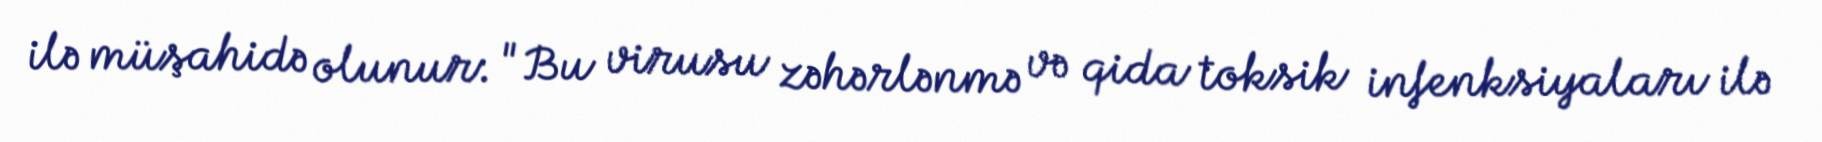
ilə müşahidə olunur: "Bu virusu zəhərlənmə və qida toksik infenksiyaları ilə